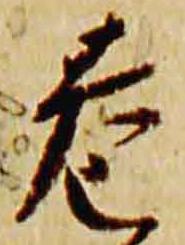
巷